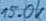
Text: 15.0k